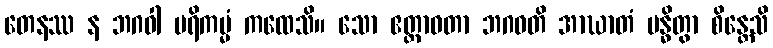
တေနဿ န ဘဂဝါ ပရိကမ္မံ ကထေသိ။ သော ဧတ္တာဝတာ ဘဂဝတိ အာဃာတံ ဗန္ဓိတွာ စိန္တေသိ